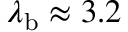
\lambda _ { \mathrm { b } } \approx 3 . 2